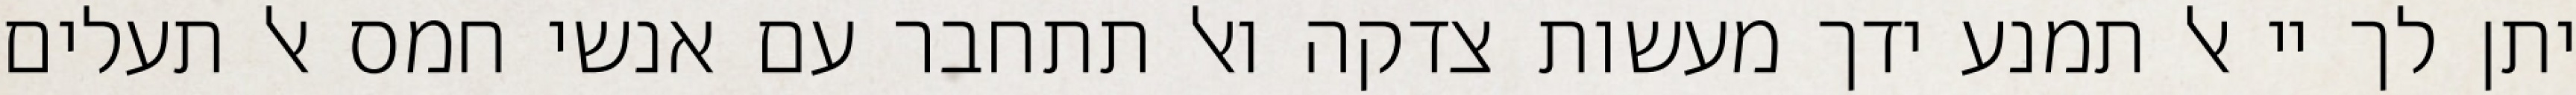
יתן לך יי אל תמנע ידך מעשות צדקה ואל תתחבר עם אנשי חמס אל תעלים